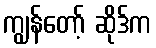
ကျွန်တော့် ဆိုဒ်က